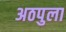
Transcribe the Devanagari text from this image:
अठपुला